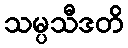
သမ္ပသီဒတိ